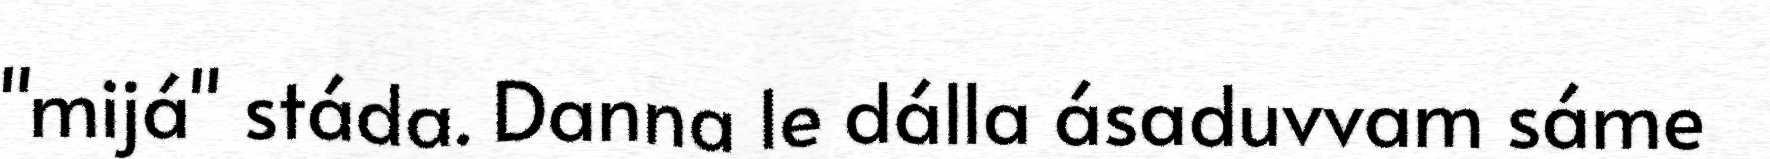
"mijá" stáda. Danna le dálla ásaduvvam sáme